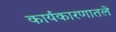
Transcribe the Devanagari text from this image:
कार्यकारणातले